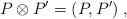
LaTeX: \begin{align*}P\otimes P'=(P,P')\;,\end{align*}